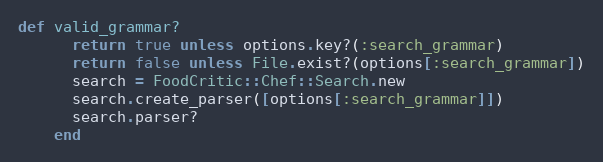
Language: Ruby
def valid_grammar?
      return true unless options.key?(:search_grammar)
      return false unless File.exist?(options[:search_grammar])
      search = FoodCritic::Chef::Search.new
      search.create_parser([options[:search_grammar]])
      search.parser?
    end